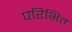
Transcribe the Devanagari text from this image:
परिभित